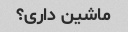
ماشین داری؟